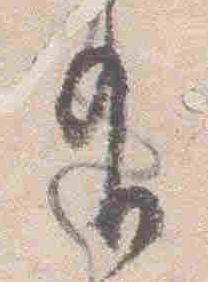
有